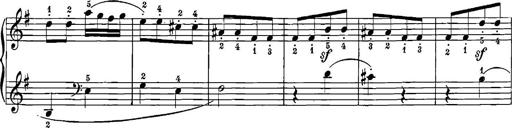
Title: 12 Sonatinas
Composer: Ignaz Pleyel